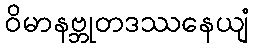
ဝိမာနဗ္ဘုတဒဿနေယျံ